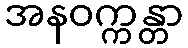
အနဝက္ကန္တာ